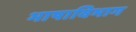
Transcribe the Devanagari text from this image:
भाषाविभाग